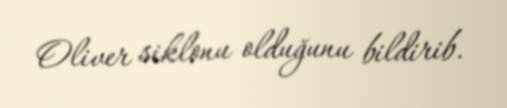
Oliver siklonu olduğunu bildirib.